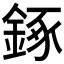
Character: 𨧧